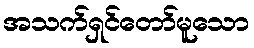
အသက်ရှင်တော်မူသော